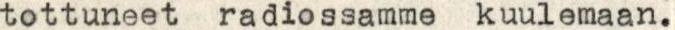
tottuneet radiossamme kuulemaan.